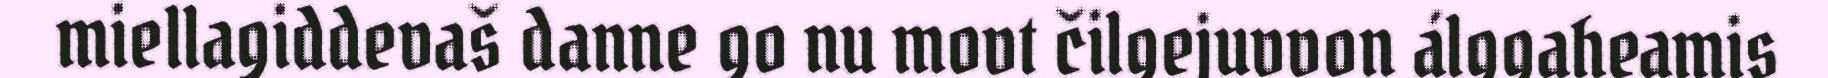
miellagiddevaš danne go nu movt čilgejuvvon álggaheamis